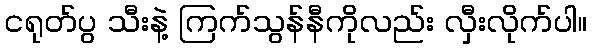
ငရုတ်ပွ သီးနဲ့ ကြက်သွန်နီကိုလည်း လှီးလိုက်ပါ။